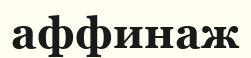
аффинаж